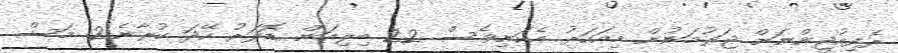
ރެފިއުޖީންނަށް ޖަރުމަނުން މިއަހަރު އެކަނިވެސް 22 ބިލިއަން ޑޮލަރު ހޭދަ ކުރާނެ!2 މަސް